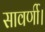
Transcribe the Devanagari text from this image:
सावर्णी।